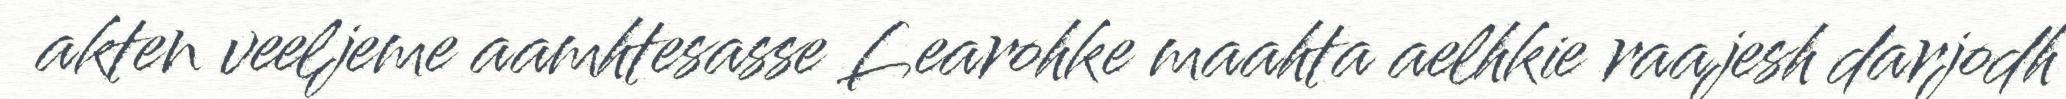
akten veeljeme aamhtesasse Learohke maahta aelhkie raajesh darjodh